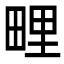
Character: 𭻕